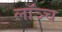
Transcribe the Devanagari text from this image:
लॉञ्च